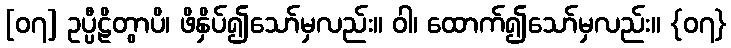
[၀၇] ဥပ္ပီဠိတွာပိ၊ ဖိနှိပ်၍သော်မှလည်း။ ဝါ၊ ထောက်၍သော်မှလည်း။ {၀၇}